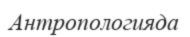
Антропологияда